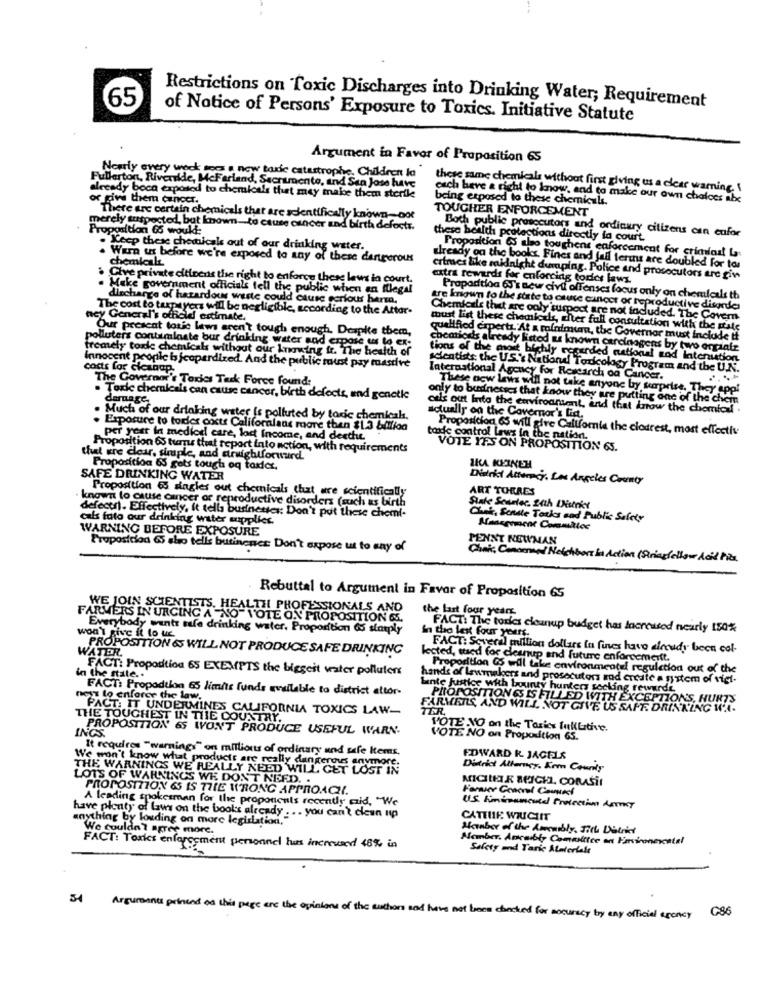
65
Restrictions on Toxic Discharges into Drinking Water; Requirement
of Notice of Persons' Exposure to Toxics. Initiative Statute
Argument in Favor of Proposition 65
Nearly every week for a new borde catastrophe. Children In
Fullerton, Riverside, McFerland, Sacramento, and San Jose have
there same chemicals without first giving us a clear warning. I
already boca exposed to chemicals that may make them sterile
give them cancer.
being exposed to these chemicals.
each have a right to know, and to make our own choices abc
TOUGHER ENFORCEMENT
There are certain chemicals that are scientifically known_ not
merely suspected, but known-to cause cancer and birth defects.
Proposition GS woukt:
Boch publie prosecutors and ordinary citizens con cufor
these health protections directly fa court.
Keep these chemicals aut of our drinking water.
Proposition OS also touchent caforcement for crimfast La
WErn us before we're exposed to any of these dangerous
chemical
already on the books Fines and fall terins are doubled for tos
Clive private citizens the right to enforce these laws in court.
crimes like midnight dumping. Police and prosecutors arc gin
extra rewards før enforcing tories laws.
Make government officials tell the public when an illegal
discharge of hazardous waste could cause serious herta.
Propadtloa 60's new civil offenses focus only on chemicals th
The cost to taxpayers will be negligible, according to the Attor-
are known to the state to cause cancer or reproductive disorder
ney General's officie animate.
Chemicals thit are only'suspect are not included. The Covern
Our present toxic laws aren't tough enough. Despite them,
must list these chomlcds, cher full consultation with the state
polluters contaminate bur drinking water and erpose
qualified coperta At a mafaimuma, the Governor must include tt
tremely tork chemicals without our knowing fr. The health of
chemiods already listed as known carcinogens by two ergiafr
Innocent people b jeopardized. And the public toust pay mastive
tions of the most bichly recurded national zod Internation
cacts far cleanup.
scientists; the US.'s National Toxicology Program and the U.N.
The Governor's Tories Task Force found:
International Agency for Research od Cancer.
These new laws will not take anyone by tearprise. T
Toxic chemicals can cause cancer, birth defects, and genetic
daruage
only to budnesses that know they are putting one of th
otis out Into the environment, and that know the chemic
Much of our drinking water is polluted by toxic chemicals.
actually on the Governor's lid.
Exposure to torder ooctr Californians moore then $1.3 billion
Proposition 65 will give California the cloudrest, most effective
per year in mediod care, loct Income, and desthie
toode control Laws in the nation.
Proposition 65 turns that report into action, with requirements
VOTE YES ON PROPOSITION 65.
that gre clear, simple, and aruightforwurd
Proposition 6 gets tough oq taxler.
IKA KEINEH
SAFE DRINKING WATER
Diarkt Atterij, Los Angeles County
Proposition 65 singles out chemicals that ure scientifically
ART TORRES
known to cause cancer ar reproductive disorders (such us birth
defect. Effectively, it tells businesses: Don't put these chemi-
cals foto our drinking water supplict.
Chant, Scale Torias and Public Safety
WARNING BEFORE EXPOSURE
Management Committee
PENNT NEWMAN
Proposicion & sho tells butinener Don't expose ut to any of
Chic Concerned Nelehbort in Action ( Stringfellow Acil Piza.
Rebuttal to Argument in Favor of Proposition 65
WE JOIN SCIENTISTS. HEALTH PROFESSIONALS AND
the last four years
FARMERS IN URGING A "NO" VOTE ON PROPOSITION &
Everybody wants tofe drinking water. Proposition 65 sharply
In tho lest four years.
FACT: The tories cleanup budget has Increased nearly 150%
won't give it to us
WATER.
PROPOSITION & WILL NOT PRODUCE SAFE DRINKING
FACT: Several million dollars in fines have already been col-
lected, tused for cleanup and future enforcement.
FACT: Proposition 65 EXEMPTS the biggest water polluters
Proportion es will take environmental regulation out of the
in the state ..
hands of lawmakers and prosecutors sod create a system of viet-
FACT: Propodulon 65 limits funds available to district attor-
Linte justice with bounty hunters secking rewurde
next to enforce the law.
PROPOSITION ES IS FILLED WITH EXCEPTIONS, HURTS
PACT: IT UNDERMINES CALIFORNIA TOXICS LAW-
FARMERLS, AND WILL NOT GIVE US SAFF. DRINKING W'A.
THE TOUGHEST IN THE COUNTRY.
INGS.
PROPOSITION 65 WONT PRODUCE USEFUL WARN-
VOTE -NO on the Tarics fulltive.
VOTE NO on Proposition 65.
It requires "warnings" on millions of ordinary und safe kems.
EDWARD R. JAGELS
THE WARNINGS WE REALLY NEED WILL GET LOST IN
We won't know what products are really dangerous anymore.
District Allarey. Kern County
LOTS OF WARNINGS WE DONT NEED. .
MICILER BEICHI, CORASi!
PROPOSITION &S IS THE WRONG APPROACH.
A leading spokesman for the proponents recently aid, "We
U.S. himinamened Protection Astrat
have plenty of laws on the books already ... you can't clean up
anything by louding on more legislation,
CATENE WHICHIT
We couldn'? agree more.
Hanber of the Amenibly, Till District
Member. Ancaibly Committee on Faviconevental
FACT: Torks enforcement personnel hus increased 48% in
Safety and Taric Atateriale
G86
34 Arguments printed on this page are the opinions of the sutton sod have not been cancked for socuracy by any officiel agency